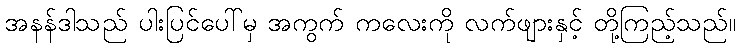
အနန်ဒါသည် ပါးပြင်ပေါ်မှ အကွက် ကလေးကို လက်ဖျားနှင့် တို့ကြည့်သည်။